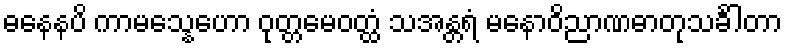
ဓနေနပိ ကာမသ္နေဟော ဝုတ္တမေဝတ္ထံ သအန္တရံ မနောဝိညာဏဓာတုသင်္ခါတာ